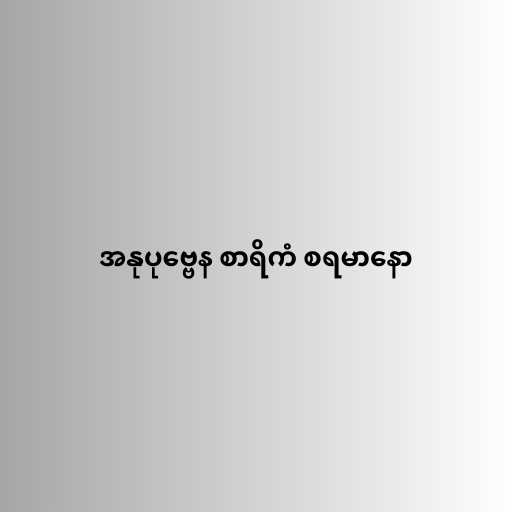
အနုပုဗ္ဗေန စာရိကံ စရမာနော